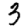
Digit: 3